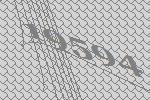
19594